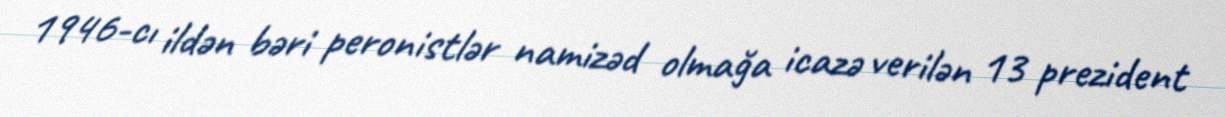
1946-cı ildən bəri peronistlər namizəd olmağa icazə verilən 13 prezident